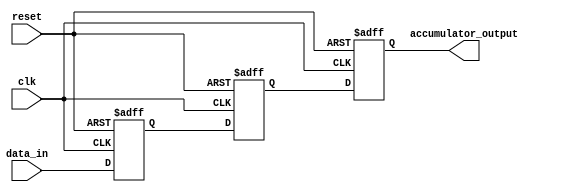
module Pipeline_accumulator (
    input wire clk,
    input wire reset,
    input wire [31:0] data_in,
    output reg [31:0] accumulator_output
);

reg [31:0] input_data;
reg [31:0] temp_accumulator;

always @(posedge clk or posedge reset) begin
    if (reset) begin
        input_data <= 0;
        temp_accumulator <= 0;
        accumulator_output <= 0;
    end else begin
        input_data <= data_in;
        temp_accumulator <= input_data;
        accumulator_output <= temp_accumulator;
    end
end

endmodule